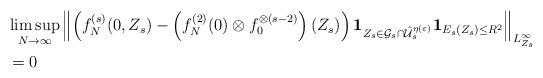
LaTeX: \begin{align*}\begin{aligned}& \limsup_{N\rightarrow\infty}\left\Vert\left( f_N^{(s)} (0,Z_s)-\left(f_N^{(2)} (0) \otimes f_0^{\otimes (s-2)} \right)(Z_s)\right)\mathbf{1}_{Z_s \in \mathcal{G}_s \cap \hat{\mathcal{U}}_s^{\eta(\varepsilon)}}\mathbf{1}_{E_s (Z_s) \leq R^2} \right\Vert_{L^\infty_{Z_s}}\\& =0\end{aligned}\end{align*}